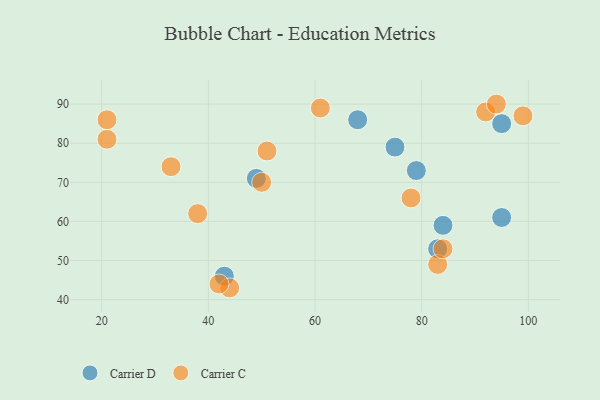
{"axis": {"x": "GDP", "y": "Life Expectancy"}, "legend": ["Carrier C", "Carrier D"], "data": [{"x": "79", "y": 73, "type": "Carrier D"}, {"x": "83", "y": 53, "type": "Carrier D"}, {"x": "49", "y": 71, "type": "Carrier D"}, {"x": "84", "y": 59, "type": "Carrier D"}, {"x": "95", "y": 61, "type": "Carrier D"}, {"x": "43", "y": 46, "type": "Carrier D"}, {"x": "95", "y": 85, "type": "Carrier D"}, {"x": "75", "y": 79, "type": "Carrier D"}, {"x": "68", "y": 86, "type": "Carrier D"}, {"x": "78", "y": 66, "type": "Carrier C"}, {"x": "44", "y": 43, "type": "Carrier C"}, {"x": "92", "y": 88, "type": "Carrier C"}, {"x": "38", "y": 62, "type": "Carrier C"}, {"x": "51", "y": 78, "type": "Carrier C"}, {"x": "83", "y": 49, "type": "Carrier C"}, {"x": "21", "y": 81, "type": "Carrier C"}, {"x": "21", "y": 86, "type": "Carrier C"}, {"x": "84", "y": 53, "type": "Carrier C"}, {"x": "61", "y": 89, "type": "Carrier C"}, {"x": "50", "y": 70, "type": "Carrier C"}, {"x": "94", "y": 90, "type": "Carrier C"}, {"x": "99", "y": 87, "type": "Carrier C"}, {"x": "33", "y": 74, "type": "Carrier C"}, {"x": "42", "y": 44, "type": "Carrier C"}]}